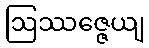
ဩဿဇ္ဇေယျ